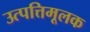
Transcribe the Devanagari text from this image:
उत्पत्तिमूलक